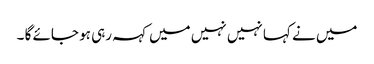
میں نے کہا نہیں نہیں میں کہہ رہی ہو جائے گا ۔